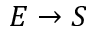
E \rightarrow S